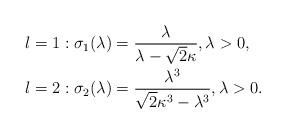
LaTeX: \begin{align*} l=1: \sigma_{1}(\lambda) &= \frac{\lambda}{\lambda -\sqrt{2}\kappa} ,\lambda >0 ,\\ l=2: \sigma_{2}(\lambda) &= \frac{\lambda^{3}}{\sqrt{2}\kappa^{3}-\lambda^{3}} ,\lambda >0 .\end{align*}